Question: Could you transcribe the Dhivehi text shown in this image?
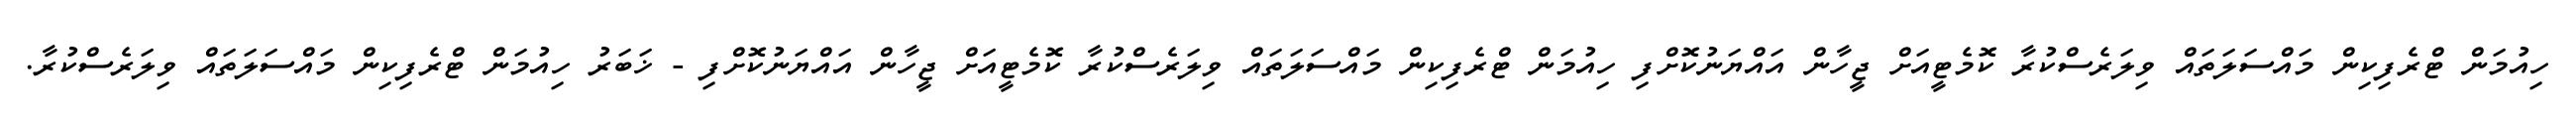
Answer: ހިއުމަން ޓްރެފިކިން މައްސަލަތައް ވިލަރެސްކުރާ ކޮމެޓީއަށް ޖީހާން އައްޔަނުކޮށްފި ހިއުމަން ޓްރެފިކިން މައްސަލަތައް ވިލަރެސްކުރާ ކޮމެޓީއަށް ޖީހާން އައްޔަނުކޮށްފި - ޚަބަރު ހިއުމަން ޓްރެފިކިން މައްސަލަތައް ވިލަރެސްކުރާ.